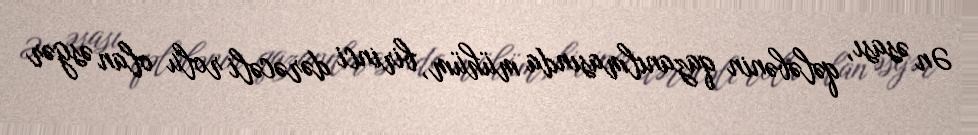
Ən əsası, qələbənin qazanılmasında mühüm, birinci dərəcəli rolu olan əsgər